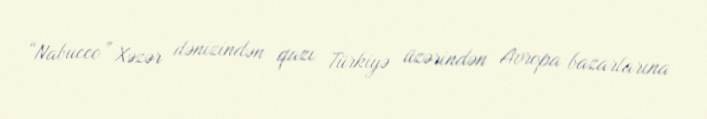
“Nabucco” Xəzər dənizindən qazı Türkiyə üzərindən Avropa bazarlarına